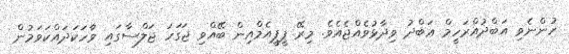
ހުންނެވި އަބްދުއްރަހީމް ޢަބްދު ވިދާޅުވެއްޖެއެވެ. މިރޭ ޕީޕީއެމްއިން ބޭއްވި ޖަގަހަ ޖަލްސާގައި ވާހަކަދައްކަވަމުން